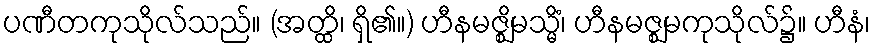
ပဏီတကုသိုလ်သည်။ (အတ္ထိ၊ ရှိ၏။) ဟီနမဇ္ဈိမသ္မိံ၊ ဟီနမဇ္ဈမကုသိုလ်၌။ ဟီနံ၊